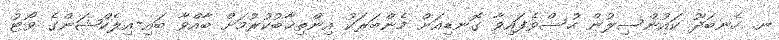
ނ. ހެނބަދޫ ކައުންސިލުން ހުސްވެފައިވާ ގޮނޑިއަށް މެންބަރަކު އިންތިޚާބުކުރުމަށް ބާއްވާ ބައި-އިލެކްޝަންގެ ވޯޓު